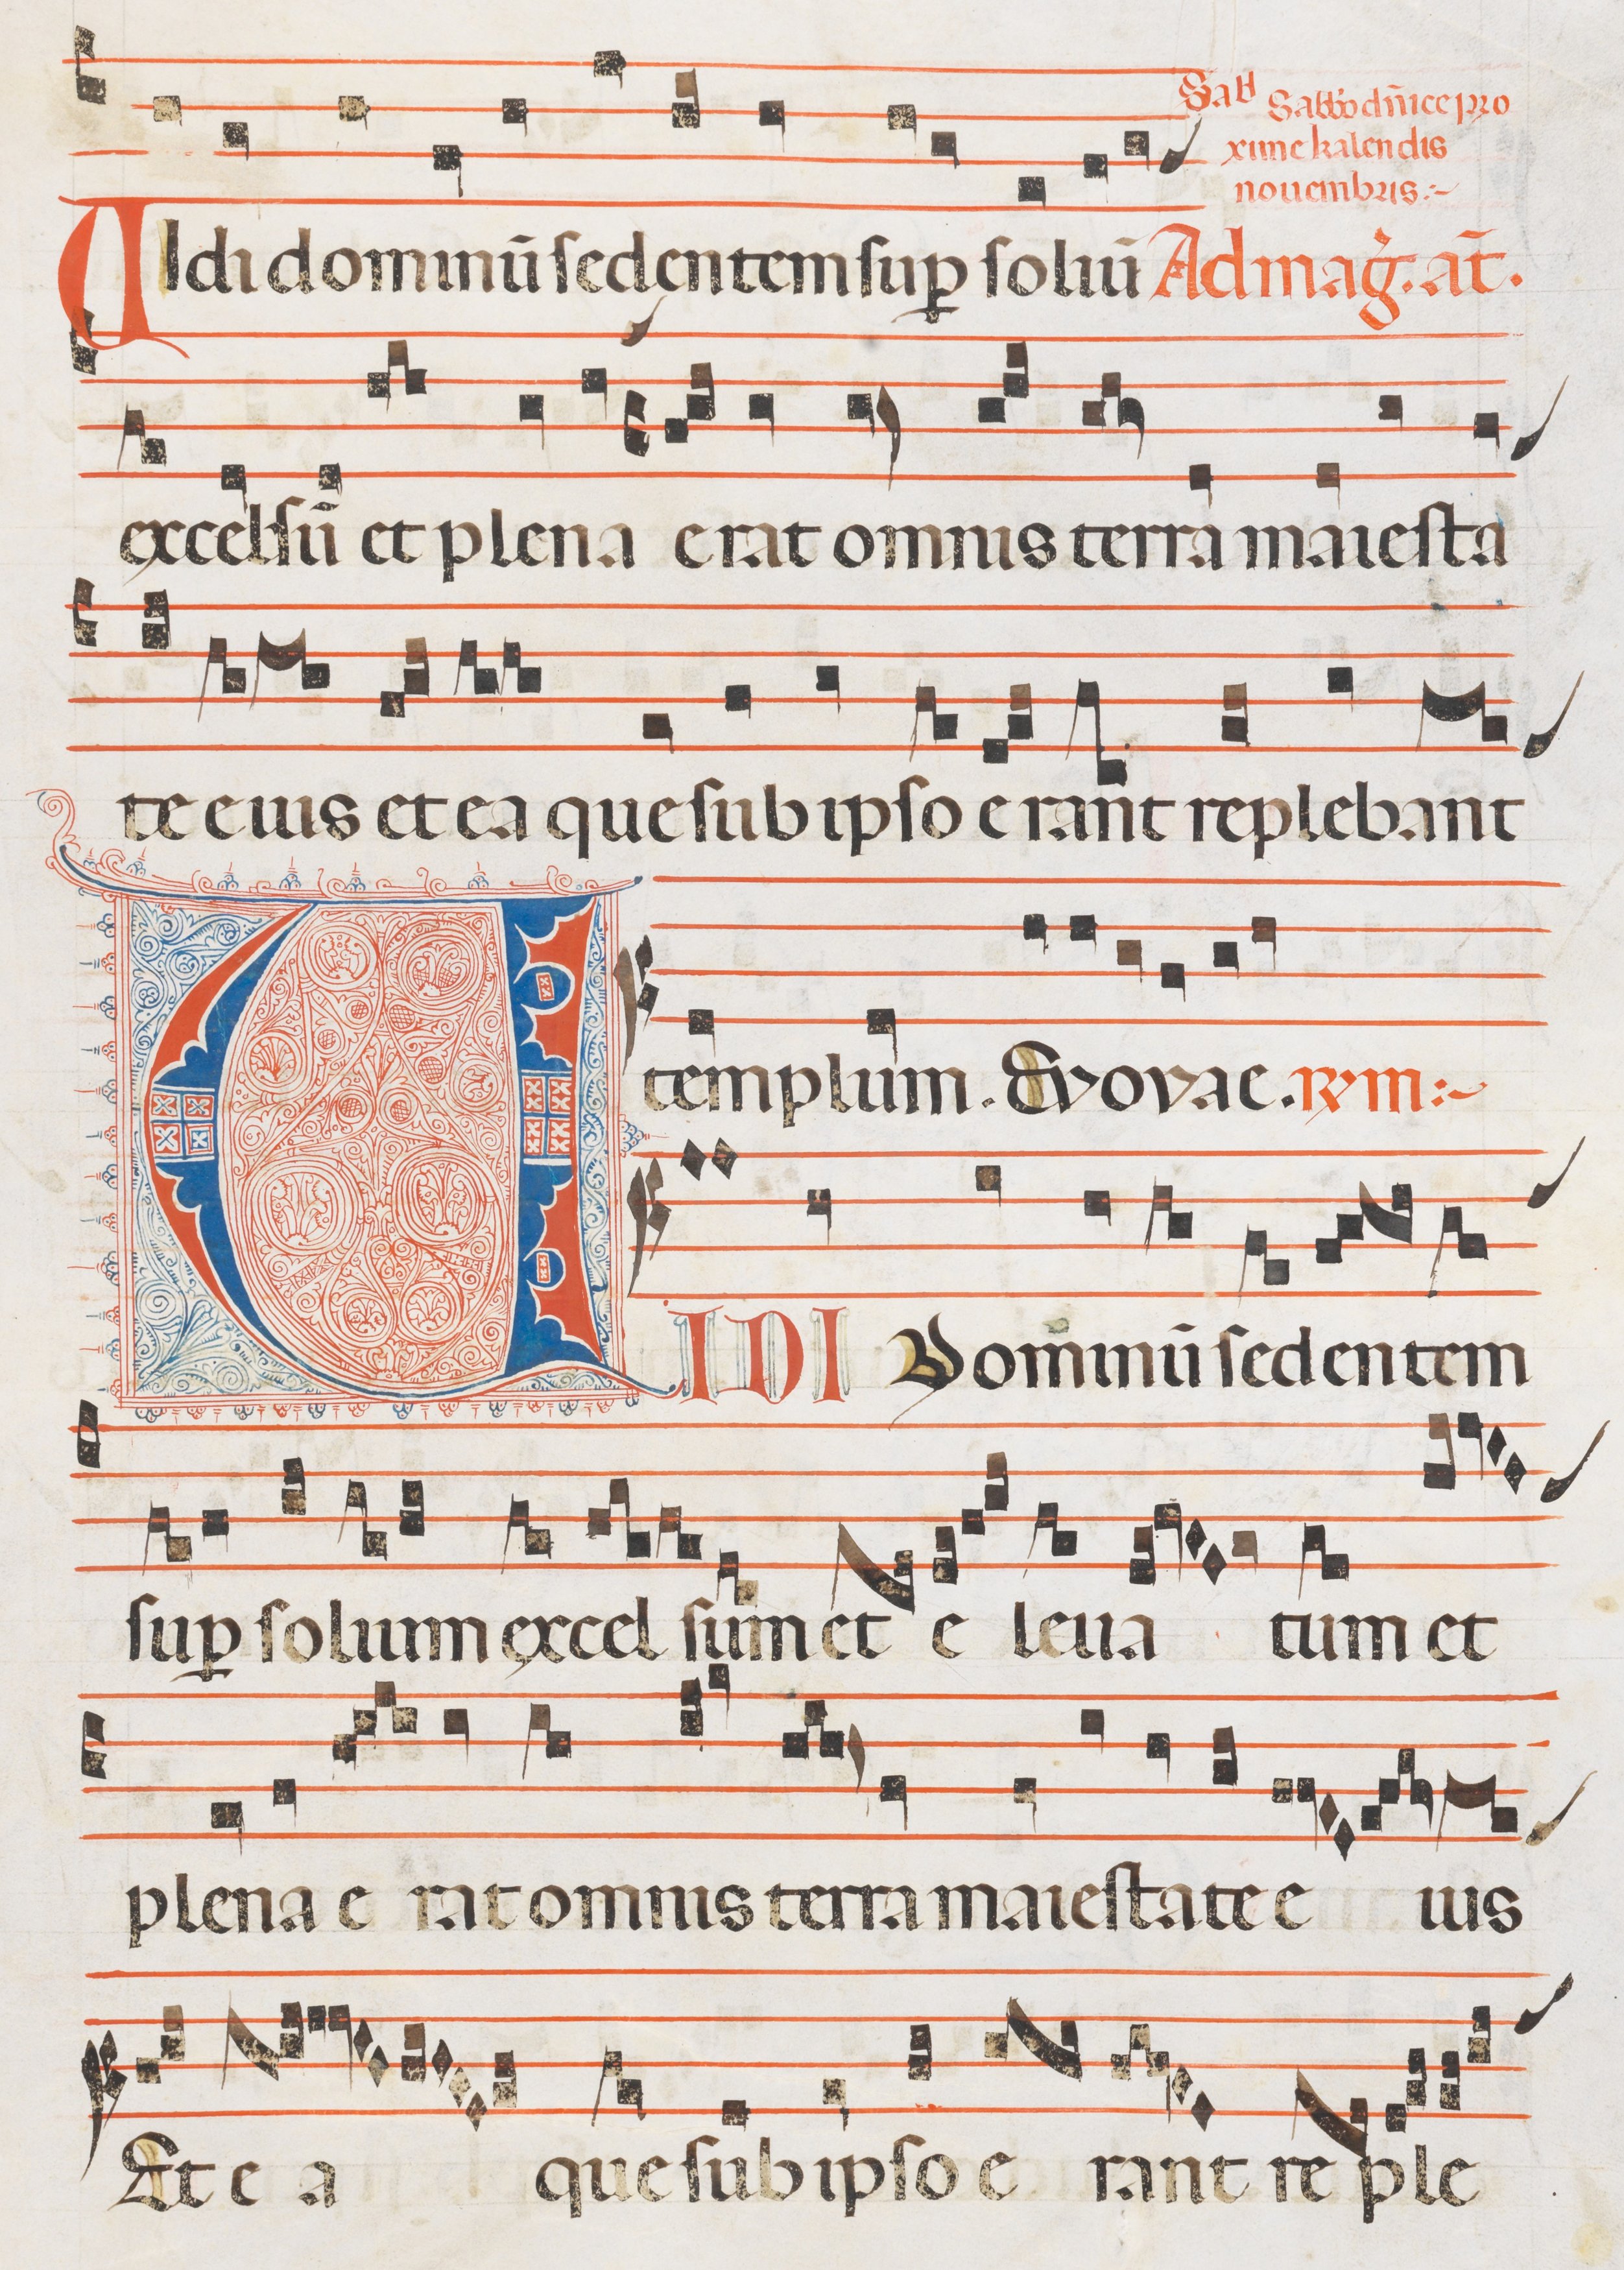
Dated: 1300–1330